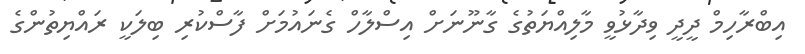
އިބްރާހިމް ދީދީ ވިދާޅުވީ މާލިއްޔަތުގެ ގާނޫނަށް އިސްލާހް ގެނައުމަށް ފާސްކުރި ބިލަކީ ރައްޔިތުންގެ